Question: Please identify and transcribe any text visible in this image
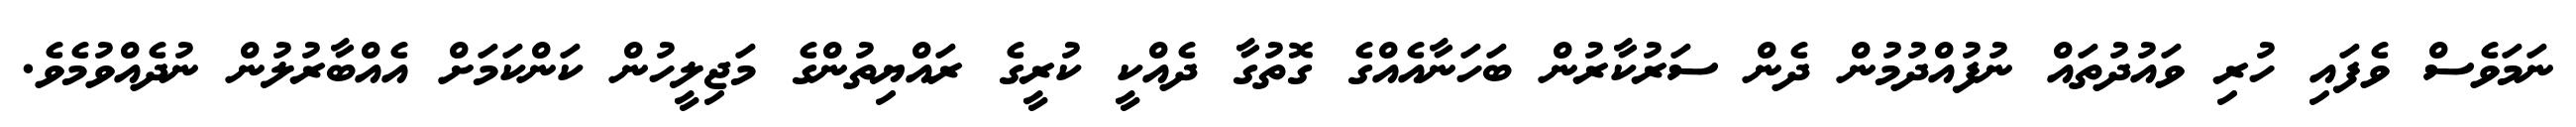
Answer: ނަމަވެސް ވެފައި ހުރި ވައުދުތައް ނުފުއްދުމުން ދެން ސަރުކާރުން ބަހަނާއެއްގެ ގޮތުގާ ދެއްކީ ކުރީގެ ރައްޔިތުންގެ މަޖިލީހުން ކަންކަމަށް އެއްބާރުލުން ނުދެއްވުމެވެ.